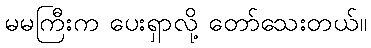
မမကြီးက ပေးရှာလို့ တော်သေးတယ်။